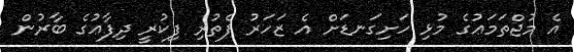
އެ މުޖްތަމަޢުގެ މުޅި ހަށިގަނޑަށް އެ ޒަހަރު ފެތުރި ފިކުރީ ދިފާޢުގެ ބާރުން